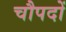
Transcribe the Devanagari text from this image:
चौपदों